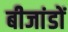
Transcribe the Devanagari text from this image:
बीजांडों